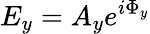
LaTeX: E_{y}=A_{y}e^{i\Phi_{y}}